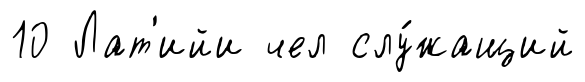
10 Лат'ийи чел слу́жащий